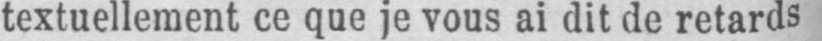
textuellement ce que je vous ai dit de retards